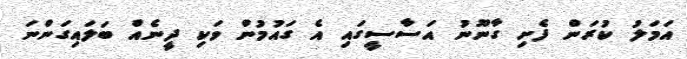
އަމަލު ކުރަން ފެށި ގާނޫނު އަސާސީގައި އެ ގައުމުން ވަކި ދީނެއް ބަލައިގަންނަ